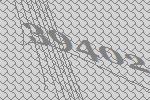
39402